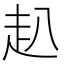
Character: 𧺍